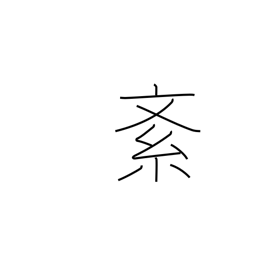
Meaning: disturb